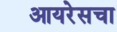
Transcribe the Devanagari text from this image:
आयरेसचा